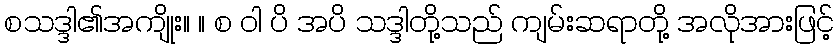
စသဒ္ဒါ၏အကျိုး။ ။ စ ဝါ ပိ အပိ သဒ္ဒါတို့သည် ကျမ်းဆရာတို့ အလိုအားဖြင့်